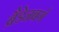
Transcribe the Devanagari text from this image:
ब्रैडेनबर्ग